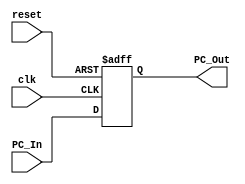
module Program_Counter
(
	input clk, reset,
	input [63:0] PC_In,
	output reg[63:0] PC_Out
);

	always@(posedge clk or posedge reset)
	begin
		if(reset)
			PC_Out = 0;
		else
			PC_Out = PC_In;
	end
	
endmodule